Punjab Mental Hospital Lahore 1922-31 - 1922-1931
Year: 1922
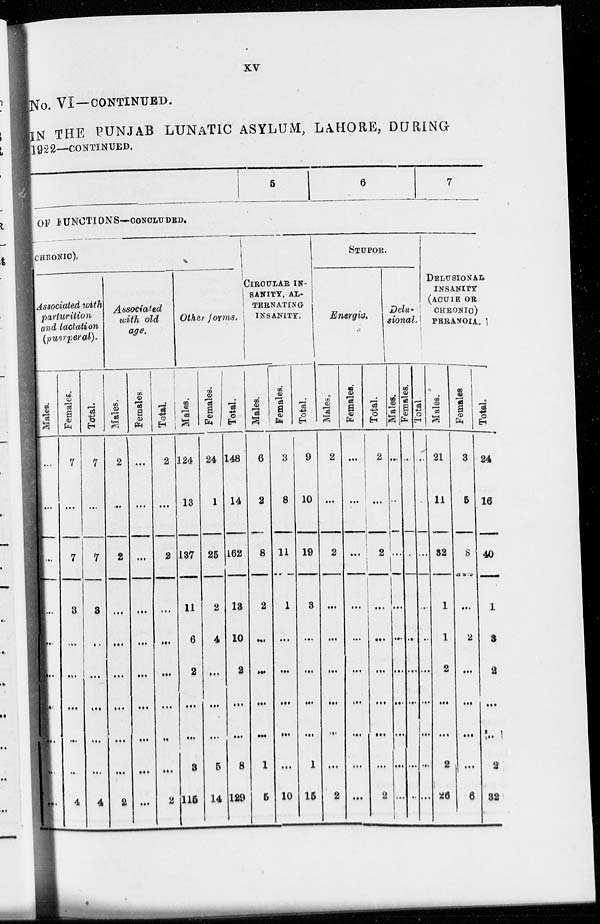
xv
No. VI —CONTINUED.
IN THE PUNJAB LUNATIC ASYLUM, LAHORE, DURING
1922—CONTINUED.
1
5
6
7
OF FUNCTIONS—CONCLUDED.
CHRONIC).
Associated with
parturition
and lactation
(pusrperal).
Males.
...
...
...
...
...
...
...
...
...
...
Females.
7
...
7
3
...
...
...
...
...
4
Total.
7
...
7
3
...
...
...
...
...
4
Associated
with old
age.
Males.
2
...
2
...
...
...
...
...
...
2
Females
...
...
...
...
...
...
...
...
...
...
Tot al .
2
...
2
...
...
...
...
...
...
2
Other forms.
Mal es .
124
13
137
11
6
2
...
...
3
115
Femal es .
24
1
25
2
4
...
...
...
5
14
Tot al .
148
14
162
13
10
2
...
...
8
129
CIRCULAR IN-
SANITY, AL-
TERNATING
INSANITY.
Males.
6
2
8
2
...
...
...
...
1
5
Females.
3
8
11
1
...
...
...
...
...
10
Total.
9
10
19
3
...
...
...
...
1
15
STUPOR.
Energic.
Males.
2
...
2
...
...
...
...
...
...
2
Females.
...
...
...
...
...
...
...
...
...
...
Total.
2
...
2
...
...
...
...
...
...
2
Delu-
sional.
Males.
...
...
...
...
...
...
...
...
...
...
Females.
...
...
...
...
...
...
...
...
...
...
Total.
...
...
...
...
...
...
...
...
...
...
DELUSIONAL
INSANITY
(ACUTE OR
CHEONIC)
PERANOIA.
Males.
21
11
32
1
1
2
...
...
2
26
Females.
3
5
8
...
2
...
...
...
...
6
Total.
24
16
40
1
3
2
...
...
2
32